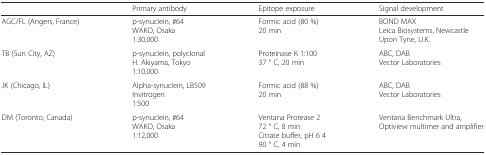
|  | Primary antibody | Epitope exposure | Signal development |
 | --- | --- | --- | --- |
 | AGC/FL (Angers, France) | p-synuclein, #64WAKO, Osaka1:30,000 | Formic acid (80 %)20 min | BOND MAXLeica Biosystems, Newcastle Upon Tyne, U.K. |
 | TB (Sun City, AZ) | p-synuclein, polyclonalH. Akiyama, Tokyo1:10,000 | Proteinase K 1:10037 ° C, 20 min | ABC, DABVector Laboratories |
 | JK (Chicago, IL) | Alpha-synuclein, LB509Invitrogen1:500 | Formic acid (88 %)20 min | ABC, DABVector Laboratories |
 | DM (Toronto, Canada) | p-synuclein, #64WAKO, Osaka1:12,000 | Ventana Protease 272 ° C, 8 minCitrate buffer, pH 6 490 ° C, 4 min | Ventana Benchmark Ultra,Optiview multimer and amplifier |